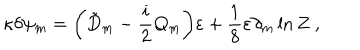
\kappa \delta \psi _ { m } = \biggl ( \tilde { D } _ { m } - { \frac { i } { 2 } } Q _ { m } \biggr ) \varepsilon + \frac { 1 } { 8 } \varepsilon \partial _ { m } \ln Z \ ,